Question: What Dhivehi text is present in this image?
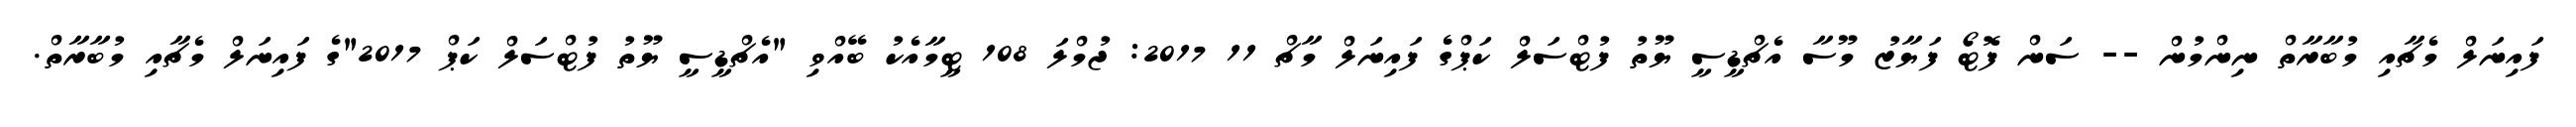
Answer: ފައިނަލް މެޗާއި މުބާރާތް ނިންމުން -- ސަން ފޮޓޯ ފަޔާޒު މޫސާ އެޗްޑީސީ ޔޫތު ފުޓްސަލް ކަޕްގެ ފައިނަލް މާޗް 11 2017: ޖުމްލަ 108 ޓީމާއެކު ބޭއްވި "އެޗްޑީސީ ޔޫތު ފުޓްސަލް ކަޕް 2017"ގެ ފައިނަލް މެޗާއި މުބާރާތް.